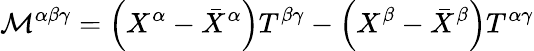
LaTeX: {\mathcal{M}}^{\alpha\beta\gamma}=\left(X^{\alpha}-{\bar{X}}^{\alpha}\right)T^{\beta\gamma}-\left(X^{\beta}-{\bar{X}}^{\beta}\right)T^{\alpha\gamma}